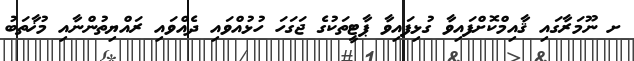
ށ ނޫމަރާގައި ޤާއިމްކޮށްފައިވާ ގުޅިފައިވާ ޕާޓީތަކުގެ ޖަގަހަ ހުޅުއްވައި ދެއްވައި ރައްޔިތުންނާއި މުޚާތަބު